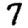
Digit: 7